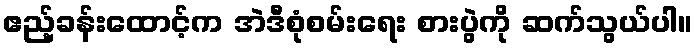
ဧည့်ခန်းထောင့်က အဲဒီစုံစမ်းရေး စားပွဲကို ဆက်သွယ်ပါ။